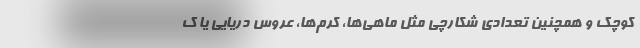
کوچک و همچنین تعدادی شکارچی مثل ماهی‌ها، کرم‌ها، عروس دریایی یا ک